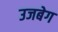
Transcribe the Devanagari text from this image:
उजबेग